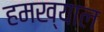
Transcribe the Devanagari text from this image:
हमख्याल